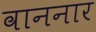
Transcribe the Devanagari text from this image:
वाननार